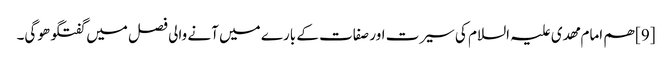
[9] ھم امام مھدی علیہ السلام کی سیرت اور صفات کے بارے میں آنے والی فصل میں گفتگو ھوگی۔